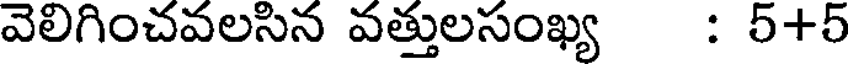
వెలిగించవలసిన వత్తులసంఖ్య : 5+5